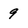
Character: 9